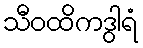
သီဝထိကဒွါရံ